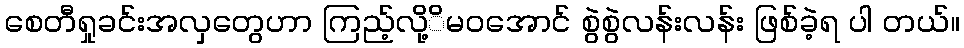
စေတီရှုခင်းအလှတွေဟာ ကြည့်လို့ိမဝအောင် စွဲစွဲလန်းလန်း ဖြစ်ခဲ့ရ ပါ တယ်။